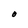
Character: O